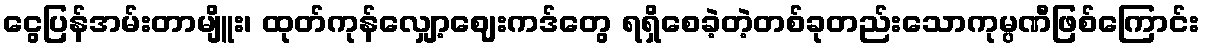
ငွေပြန်အမ်းတာမျိူး၊ ထုတ်ကုန်လျှော့ဈေးကဒ်တွေ ရရှိစေခဲ့တဲ့တစ်ခုတည်းသောကုမ္ပဏီဖြစ်ကြောင်း